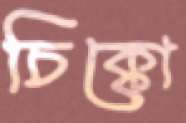
চিক্কো